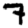
Digit: 7